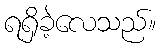
ရရှိခဲ့လေသည်။